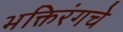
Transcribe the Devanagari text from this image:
भक्तिरंगचे